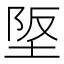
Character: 𡋴